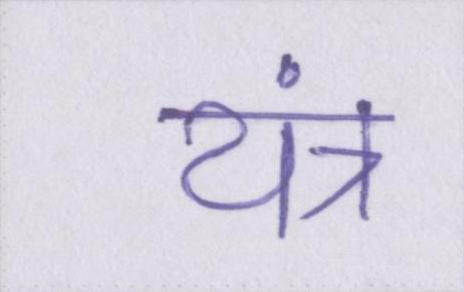
यंत्र